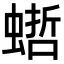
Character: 𧎴